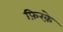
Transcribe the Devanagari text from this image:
फ़िरक़े